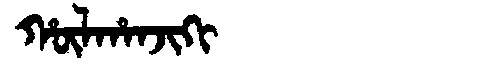
Manchu: ᡥᡡᠯᡥᠠᠨᠵᡳᡴᡳ
Romanization: HŪLHANJIKI